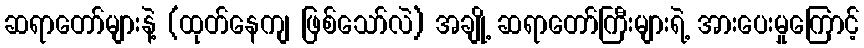
ဆရာတော်များနဲ့ (ထုတ်နေကျ ဖြစ်သော်လဲ) အချို့ ဆရာတော်ကြီးများရဲ့ အားပေးမှုကြောင့်